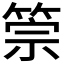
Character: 𥮵